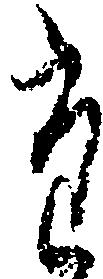
た